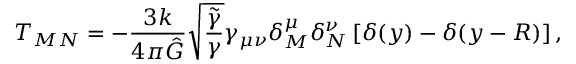
T _ { M N } = - \frac { 3 k } { 4 \pi \hat { G } } \sqrt { \frac { \tilde { \gamma } } { \gamma } } \gamma _ { \mu \nu } \delta _ { M } ^ { \mu } \delta _ { N } ^ { \nu } \left[ \delta ( y ) - \delta ( y - R ) \right] ,